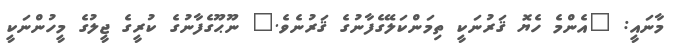
މާނައީ: "އެންމެ ހެޔޮ ޤަރުނަކީ ތިމަންކަލޭގެފާނުގެ ޤަރުނެވެ." ނޫޙޫގެފާނުގެ ކުރީގެ ޖީލުގެ މީހުންނަކީ